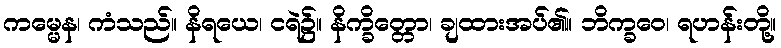
ကမ္မေန၊ ကံသည်။ နိရယေ၊ ငရဲ၌။ နိက္ခိတ္တော၊ ချထားအပ်၏။ ဘိက္ခဝေ၊ ရဟန်းတို့။